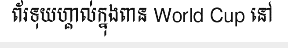
ព័រទុយហ្គាល់ក្នុងពាន World Cup នៅ